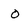
Character: o